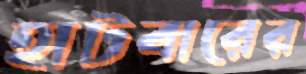
হাটবারের